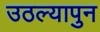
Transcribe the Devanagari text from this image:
उठल्यापुन